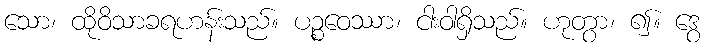
သော၊ ထိုဝိသာခရဟန်းသည်။ ပဉ္စဝေဿာ၊ ငါးဝါရှိသည်။ ဟုတွာ၊ ၍။ ဒွေ